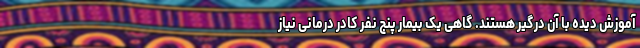
آموزش دیده با آن درگیر هستند. گاهی یک بیمار پنج نفر کادر درمانی نیاز